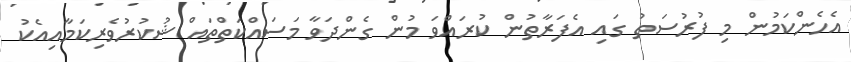
އެހެންކަމުން މި ފުރުސަތު ގައި އެފަރާތުން ކުރައްވަ މުން ގެންދަވާ މަސައްކަތްތައް ޝުކުރުވެރިކަމާއިއެކު